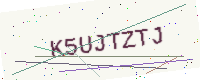
Text: K5UJTZTJ